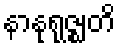
နာနုရုဇ္ဈတိ